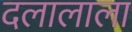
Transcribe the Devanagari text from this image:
दलालाला